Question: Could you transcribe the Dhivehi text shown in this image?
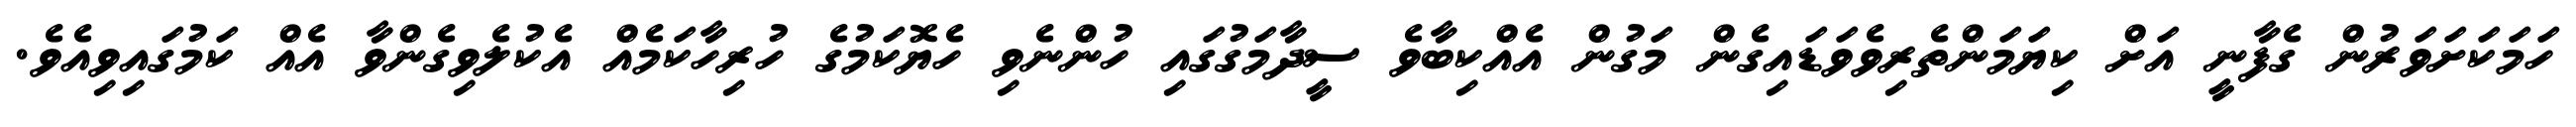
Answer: ހަމަކަށަވަރުން ގެފާނީ އަށް ކިޔަމަންތެރިވެވަޑައިގެން މަގުން އެއްކިބާވެ ސީދާމަގުގައި ހުންނެވި ހެޔޮކަމުގެ ހުރިހާކަމެއް އެކުލެވިގެންވާ އެއް ކަމުގައިވިއެވެ.